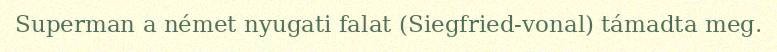
Superman a német nyugati falat (Siegfried-vonal) támadta meg.